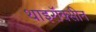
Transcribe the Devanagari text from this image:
थाइरॉक्सीन